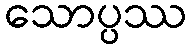
သောပ္ပဿ